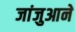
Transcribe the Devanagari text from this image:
जांजुआने